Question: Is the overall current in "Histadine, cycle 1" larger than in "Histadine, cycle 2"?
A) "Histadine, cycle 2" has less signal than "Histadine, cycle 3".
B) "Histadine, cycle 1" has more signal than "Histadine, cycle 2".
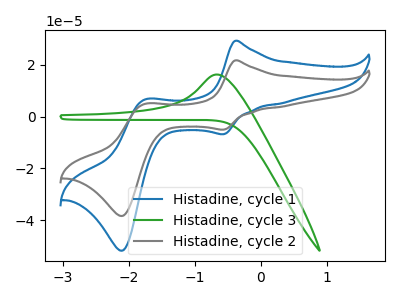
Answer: <think>The blue curve "Histadine, cycle 1" has anodic peaks at (-0.40V, 29.20uA) (-1.75V, 6.60uA) and cathodic peaks at (-0.55V, -6.85uA) (-2.10V, -51.75uA). The green curve "Histadine, cycle 3" has an anodic peak at: (-0.65V, 16.20uA). The gray curve "Histadine, cycle 2" has anodic peaks at (-0.40V, 21.65uA) (-1.75V, 4.90uA) and cathodic peaks at (-0.55V, -5.05uA) (-2.10V, -38.35uA).
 All the peaks in "Histadine, cycle 1" have a peak in "Histadine, cycle 2" at the same potential. Every peak in "Histadine, cycle 1" is higher than every peak in "Histadine, cycle 2".</think>
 <answer>B) "Histadine, cycle 1" has more signal than "Histadine, cycle 2".</answer>
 <eval>B</eval>